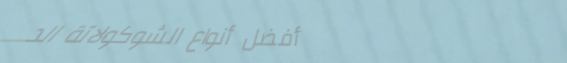
أفضل أنواع الشوكولاتة الد